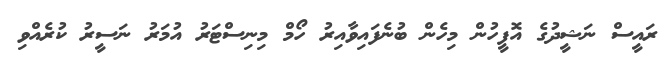
ރައީސް ނަޝީދުގެ އޮފީހުން މިހެން ބުނެފައިވާއިރު ހޯމް މިނިސްޓަރު އުމަރު ނަސީރު ކުރެއްވި